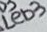
Text: LED3